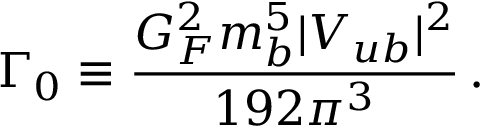
\Gamma _ { 0 } \equiv \frac { G _ { F } ^ { 2 } m _ { b } ^ { 5 } | V _ { u b } | ^ { 2 } } { 1 9 2 \pi ^ { 3 } } \, .